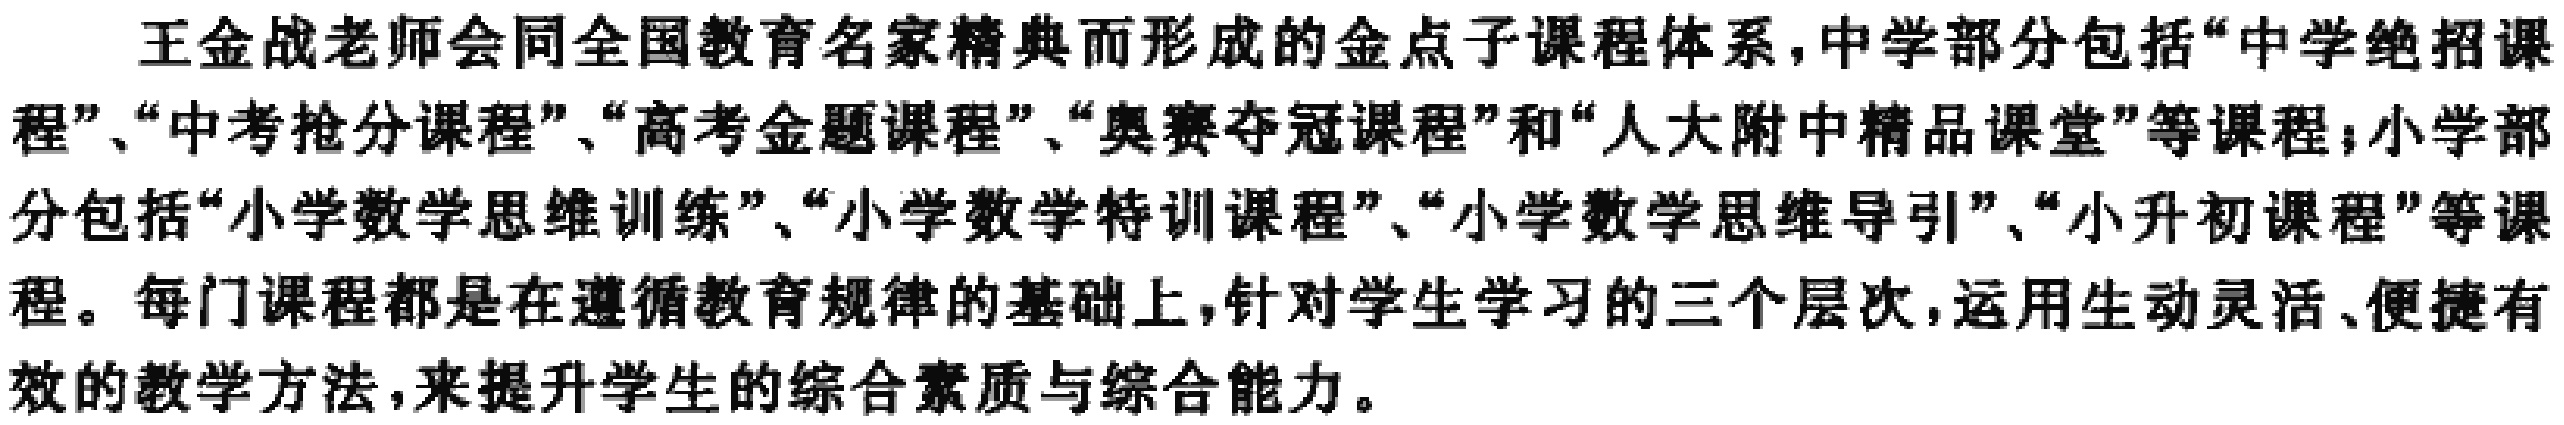
王金战老师会同全国教育名家精典而形成的金点子课程体系，中学部分包括“中学绝招课程”、“中考抢分课程”、“高考金题课程”、“奥赛夺冠课程”和“人大附中精品课堂”等课程；小学部分包括“小学数学思维训练”、“小学数学特训课程”、“小学数学思维导引”、“小升初课程”等课程。每门课程都是在遵循教育规律的基础上，针对学生学习的三个层次，运用生动灵活、便捷有效的教学方法，来提升学生的综合素质与综合能力。